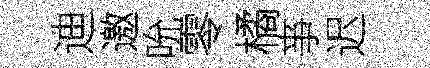
迪邀吮零橘亊迟